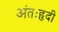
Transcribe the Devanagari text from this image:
अंतःहृदी